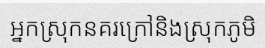
អ្នកស្រុកនគរក្រៅនិងស្រុកភូមិ